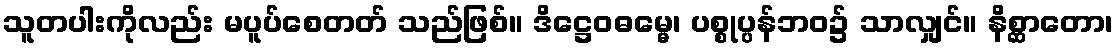
သူတပါးကိုလည်း မပူပ်စေတတ် သည်ဖြစ်။ ဒိဋ္ဌေဝဓမ္မေ၊ ပစ္စုပ္ပန်ဘဝ၌ သာလျှင်။ နိစ္ဆာတော၊